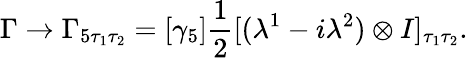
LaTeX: \Gamma\to\Gamma_{5\tau_{1}\tau_{2}}=[\gamma_{5}]{\frac{1}{2}}[(\lambda^{1}-i\lambda^{2})\otimes I]_{\tau_{1}\tau_{2}}.